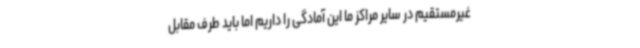
غیرمستقیم در سایر مراکز ما این آمادگی را داریم اما باید طرف مقابل